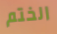
الختم